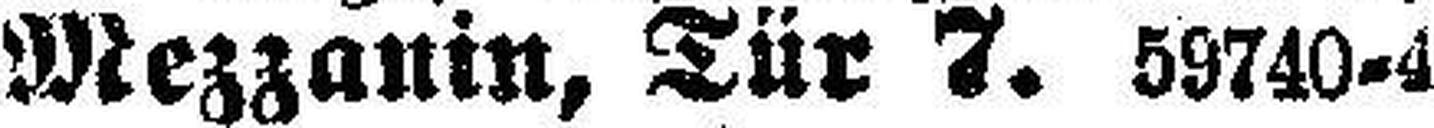
Mezzanin, Tür 7. 59740-4